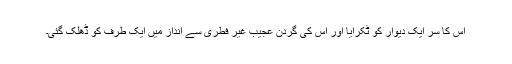
اس کا سر ایک دیوار کو ٹکرایا اور اس کی گردن عجیب غیر فطری سے انداز میں ایک طرف کو ڈھلک گئی۔